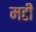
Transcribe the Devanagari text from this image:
मटी